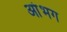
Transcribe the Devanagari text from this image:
आंभग